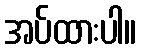
အပ်ထားပါ။